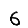
Digit: 6